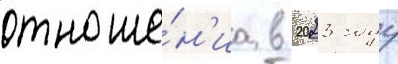
отноше́н'иа в 2023 году